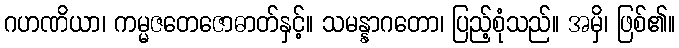
ဂဟဏိယာ၊ ကမ္မဇတေဇောဓာတ်နှင့်။ သမန္နာဂတော၊ ပြည့်စုံသည်။ အမှိ၊ ဖြစ်၏။